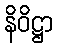
နိဝိဋ္ဌာ